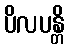
ပိလပန္တိ